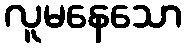
လူမနေသော